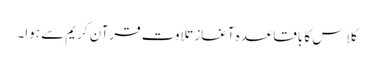
کلاس کا باقاعدہ آغاز تلاوت قرآن کریم سے ہوا۔